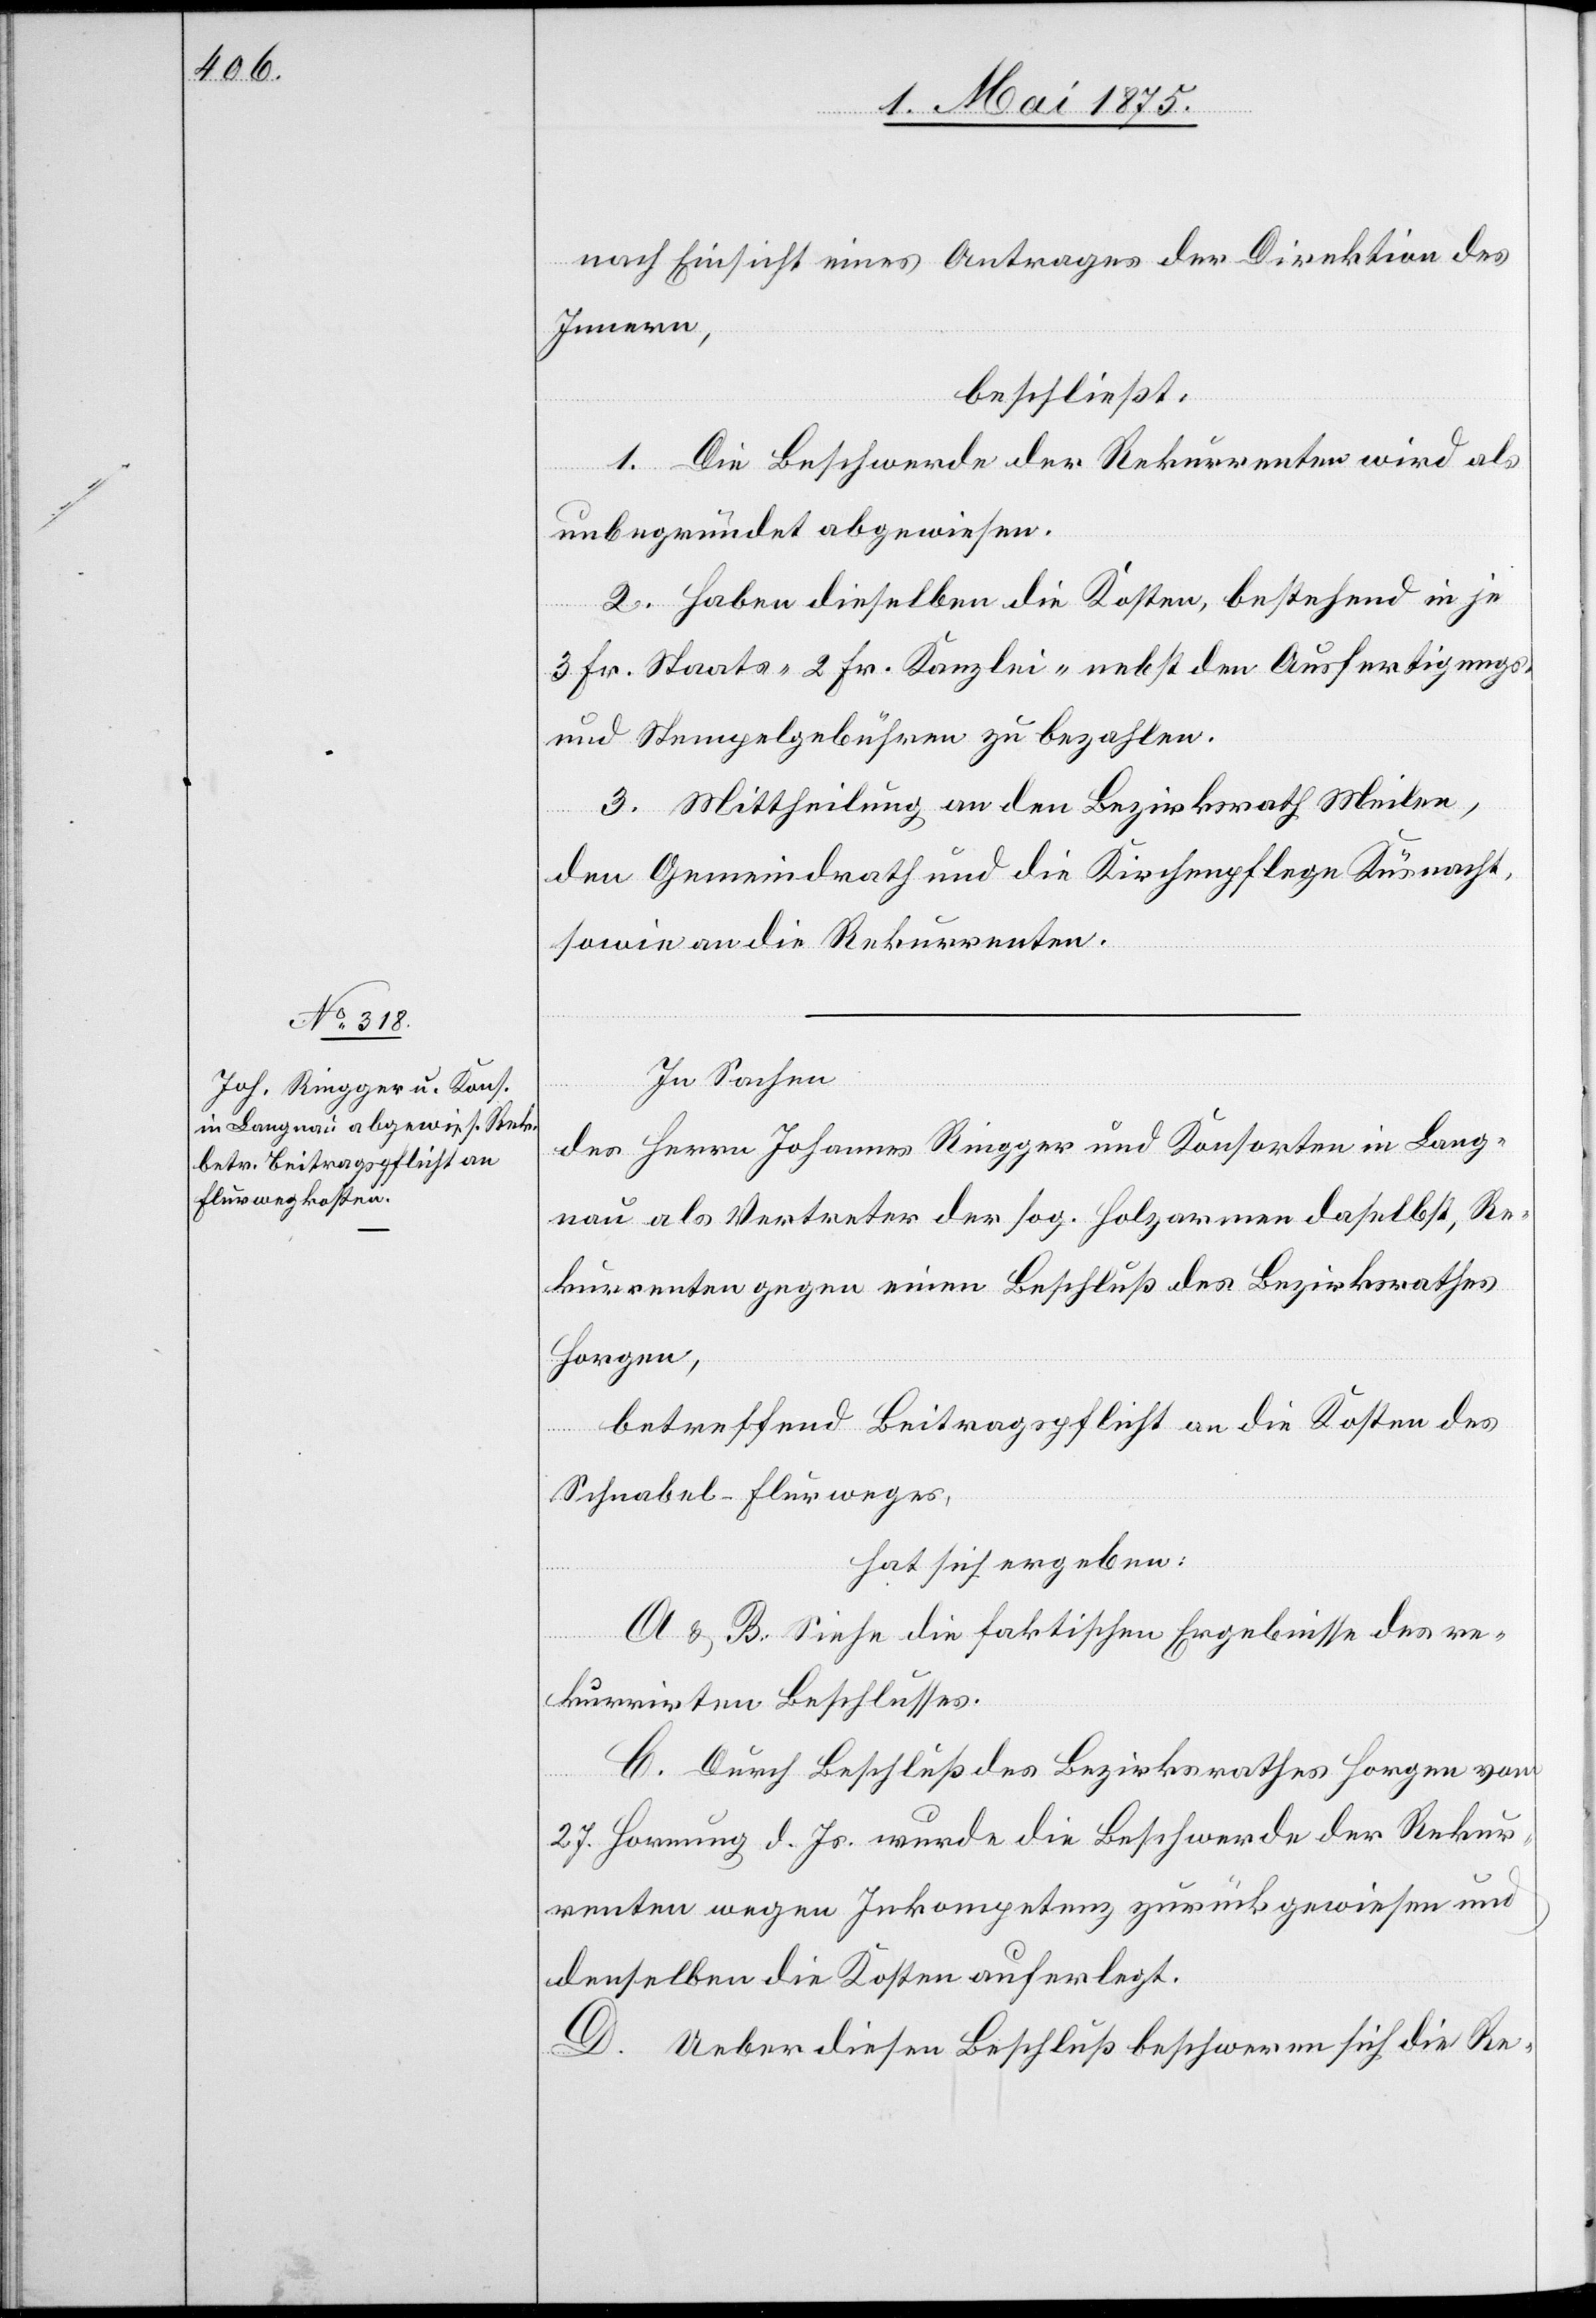
nach Einsicht eines Antrages der Direktion des
Innern,
beschließt:
1. Die Beschwerde der Rekurrenten wird als
unbegründet abgewiesen.
2. Haben dieselben die Kosten, bestehend in je
3 Fr. Staats- 2 Fr. Kanzlei- nebst den Ausfertigung-
und Stempelgebühren zu bezahlen.
3. Mittheilung an den Bezirksrath Meilen,
den Gemeindrath und die Kirchenpflege Küsnacht,
sowie an die Rekurrenten.
In Sachen
des Herrn Johannes Ringger und Konsorten in Lang¬
nau als Vertreter der sog. Holzarmen daselbst, Re¬
kurrenten gegen einen Beschluß des Bezirksrath
Horgen,
betreffend Beitragspflicht an die Kosten des
Schnabel-Flurweges,
hat sich ergeben:
A & B. Siehe die faktischen Ergebnisse des re¬
kurrirten Beschlusses.
C. Durch Beschluß des Bezirksrathes Horgen vom
27. Hornung d. Js. wurde die Beschwerde der Rekur¬
renten wegen Inkompetenz zurückgewiesen und
denselben die Kosten auferlegt.
D. Ueber diesen Beschluß beschweren sich die Re-